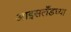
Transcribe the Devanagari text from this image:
आइसलँडच्या